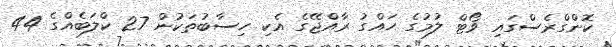
ކޮންގްރެސްގައި ވޯޓް ލުމުގެ ހައްގު ރާއްޖޭގެ އެކި ހިސާބުތަކުން 27 ކްލަބެއްގެ 44